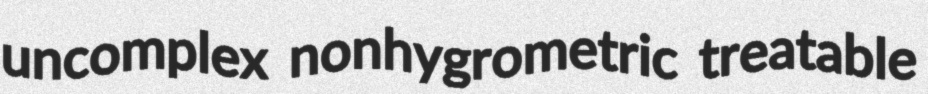
uncomplex nonhygrometric treatable